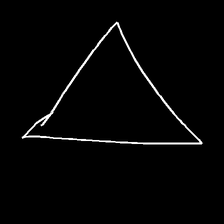
Glyph: convergence